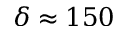
\delta \approx 1 5 0